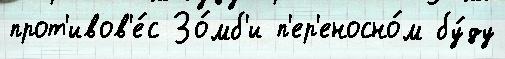
прот'ивов'е́с Зо́мб'и п'ер'еносно́м бу́ду